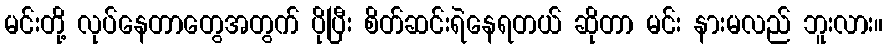
မင်းတို့ လုပ်နေတာတွေအတွက် ပိုပြီး စိတ်ဆင်းရဲနေရတယ် ဆိုတာ မင်း နားမလည် ဘူးလား။